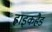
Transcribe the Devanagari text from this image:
ह्वाइकहैड